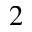
_ 2